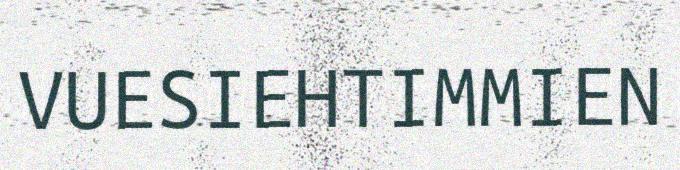
VUESIEHTIMMIEN